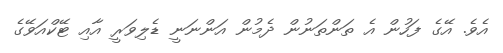
އެވެ. އޭގެ ފަހުން އެ ތަންތަނުން ދެމުން އަންނަނީ ޑެލިވަރީ އާއި ޓޭކްއަވޭގެ